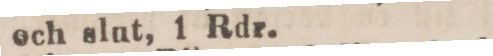
och slut, 1 Rdr.